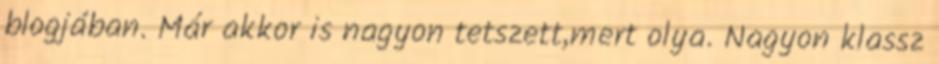
blogjában. Már akkor is nagyon tetszett,mert olya. Nagyon klassz